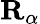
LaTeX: \mathbf{R}_{\alpha}